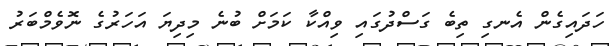
ހަދައިގެން އެނގި ތިބެ ގަސްދުގައި ވިއްކާ ކަމަށް ބުނެ މިދިޔަ އަހަރުގެ ނޮވެމްބަރު